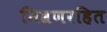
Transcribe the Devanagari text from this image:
मिश्रणरहित